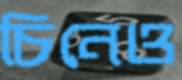
চিনেও